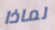
لماذا